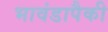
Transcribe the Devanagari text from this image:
भावंडापैकी